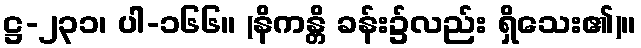
ဋ္ဌ-၂၃၁၊ ပါ-၁၆၆။ (နိကန္တိ ခန်း၌လည်း ရှိသေး၏)။